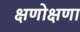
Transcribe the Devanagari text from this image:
क्षणोक्षणा